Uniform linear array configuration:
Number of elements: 24
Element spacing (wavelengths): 0.25
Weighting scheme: hamming
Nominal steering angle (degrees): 45
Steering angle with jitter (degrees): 46.366
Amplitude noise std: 0.05
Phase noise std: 0.05

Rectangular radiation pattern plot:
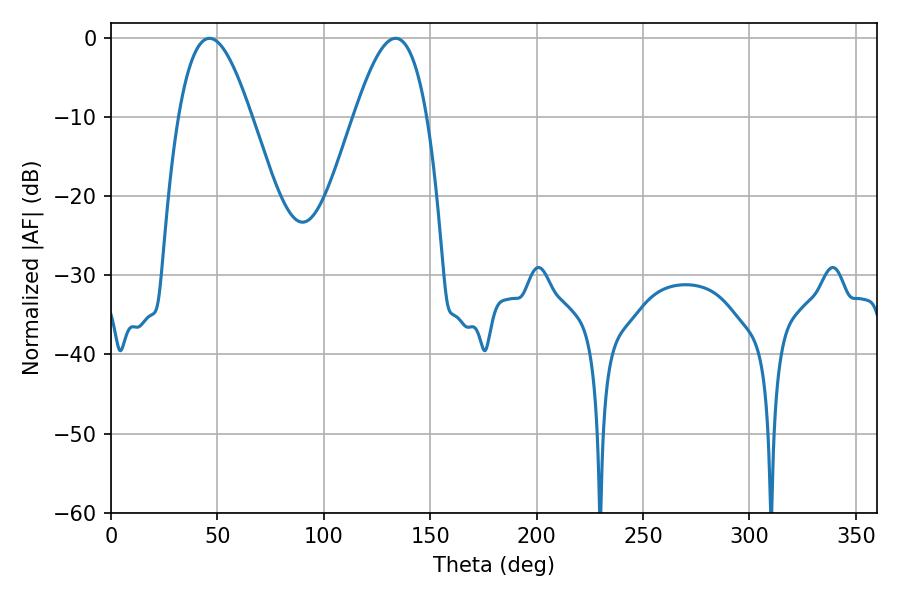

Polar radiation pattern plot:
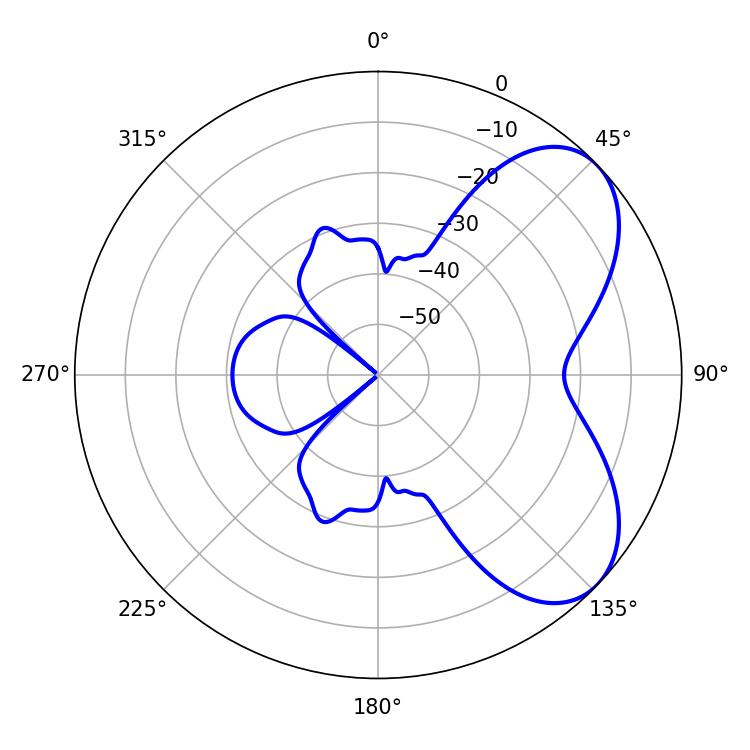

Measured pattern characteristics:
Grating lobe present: FALSE
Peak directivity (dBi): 5.846
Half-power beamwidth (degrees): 18.54
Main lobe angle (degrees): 46.26